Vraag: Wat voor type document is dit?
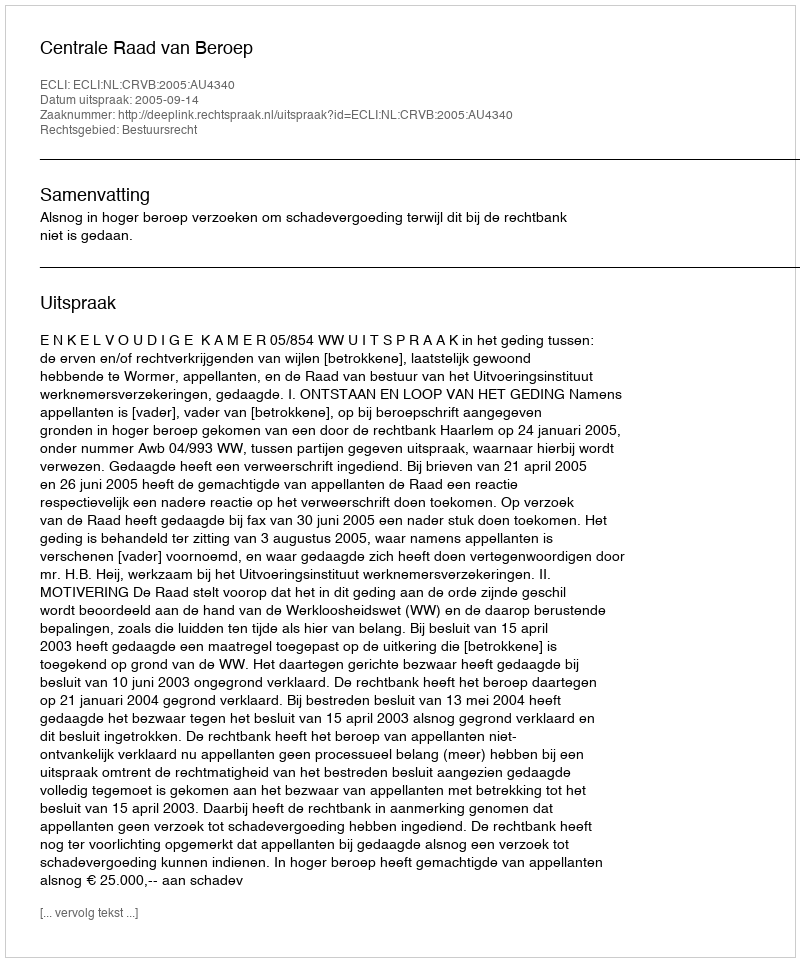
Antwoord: Uitspraak